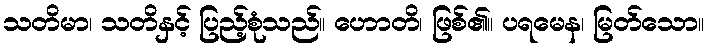
သတိမာ၊ သတိနှင့် ပြည့်စုံသည်။ ဟောတိ၊ ဖြစ်၏။ ပရမေန၊ မြတ်သော။